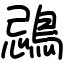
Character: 鵋